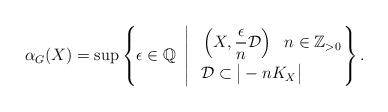
LaTeX: \begin{align*}\alpha_G(X)=\mathrm{sup}\left\{\epsilon\in\mathbb{Q}\ \left|\ \aligned&\ \left(X, \frac{\epsilon}{n}\mathcal{D}\right)\ \ n\in\mathbb{Z}_{>0}\\&\ \mathcal{D}\subset\big|-nK_{X}\big|\\\endaligned\right.\right\}.\end{align*}